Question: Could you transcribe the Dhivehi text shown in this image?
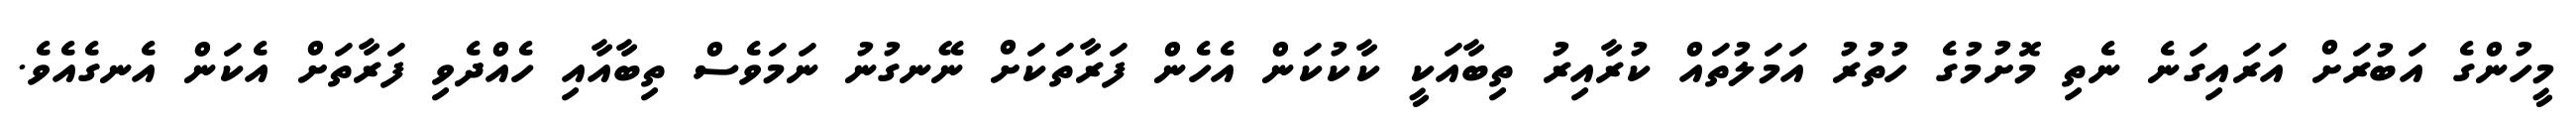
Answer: މީހުންގެ އަބުރަށް އަރައިގަނެ ނެތި މޮށުމުގެ ހުތުރު އަމަލުތައް ކުރާއިރު ތިބާއަކީ ކާކުކަން އެހެން ފަރާތަކަށް ނޭނގުނު ނަމަވެސް ތިބާއާއި ހެއްދެވި ފަރާތަށް އެކަން އެނގެއެވެ.